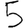
Digit: 5